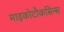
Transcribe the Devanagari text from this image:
माइकोटौकसिन्स